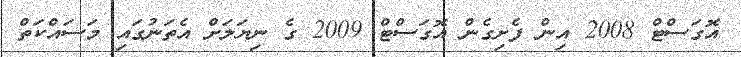
އޮގަސްޓް 2008 އިން ފެށިގެން އޮގަސްޓް 2009 ގެ ނިޔަލަށް އެތަނުގައި މަސައްކަތް